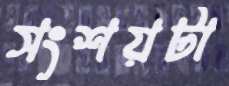
সংশয়টা